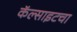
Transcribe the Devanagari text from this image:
कॅल्साइटचा